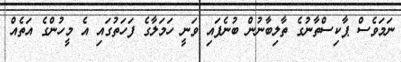
ނަމަވެސް ޕާކިސްތާނުގެ ތާލިބާނުން ބުނެފައި ވަނީ ހަމަލާގެ ފަހަތުގައި އެ މީހުންގެ އަތެއް